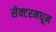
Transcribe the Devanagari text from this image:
सेक्टरमधून